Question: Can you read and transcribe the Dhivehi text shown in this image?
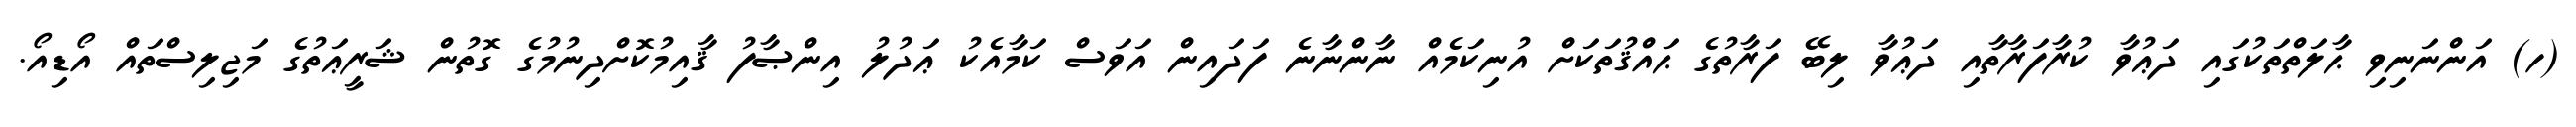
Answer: (ހ) އަންނަނިވި ޙާލަތްތަކުގައި ދަޢުވާ ކުރާފަރާތާއި ދަޢުވާ ލިބޭ ފަރާތުގެ ޙައްޤުތަކަށް އުނިކަމެއް ނާންނާނެ ފަދައިން އަވަސް ކަމާއެކު ޢަދުލު އިންޞާފު ޤާއިމުކޮށްދިނުމުގެ ގޮތުން ޝަރީޢަތުގެ މަޖިލިސްތައް އޯޑިއޯ.